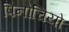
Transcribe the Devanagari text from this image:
पिनोचियो